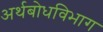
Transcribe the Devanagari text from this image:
अर्थबोधविभाग